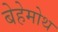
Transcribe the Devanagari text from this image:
बेहेमोथ